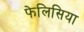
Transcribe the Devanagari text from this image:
फेलिसिया